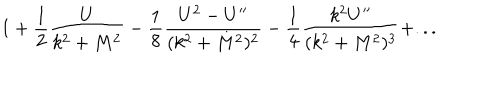
LaTeX: 1 + { \frac { 1 } { 2 } } { \frac { U } { k ^ { 2 } + M ^ { 2 } } } - { \frac { 1 } { 8 } } { \frac { U ^ { 2 } - U ^ { \prime \prime } } { ( k ^ { 2 } + M ^ { 2 } ) ^ { 2 } } } - { \frac { 1 } { 4 } } { \frac { k ^ { 2 } U ^ { \prime \prime } } { ( k ^ { 2 } + M ^ { 2 } ) ^ { 3 } } } + . . .